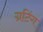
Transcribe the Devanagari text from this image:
ग्रटिंग